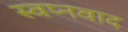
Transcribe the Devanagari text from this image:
स्वप्नवाद